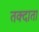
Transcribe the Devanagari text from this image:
तक्दाता